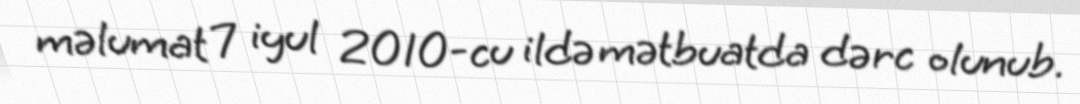
məlumat 7 iyul 2010-cu ildə mətbuatda dərc olunub.